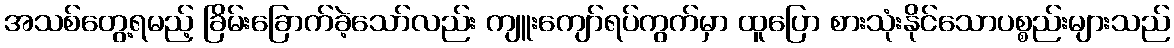
အသစ်တွေ့ရမည့် ခြိမ်းခြောက်ခဲ့သော်လည်း ကျူးကျော်ရပ်ကွက်မှာ ထူပြော စားသုံးနိုင်သောပစ္စည်းများသည်